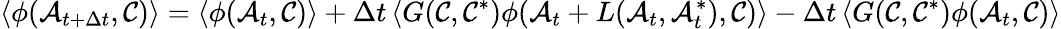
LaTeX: \langle\phi(\mathcal{A}_{t+\Delta t},\mathcal{C})\rangle=\langle\phi(\mathcal{A}_{t},\mathcal{C})\rangle+\Delta t\, \langle G(\mathcal{C},\mathcal{C}^{*})\phi(\mathcal{A}_{t}+L(\mathcal{A}_{t},\mathcal{A}_{t}^{*}),\mathcal{C})\rangle-\Delta t\, \langle G(\mathcal{C},\mathcal{C}^{*})\phi(\mathcal{A}_{t},\mathcal{C})\rangle